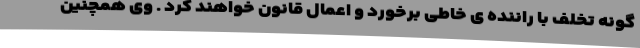
گونه تخلف با راننده ی خاطی برخورد و اعمال قانون خواهند کرد . وی همچنین